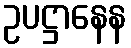
ဥပဋ္ဌာနေန